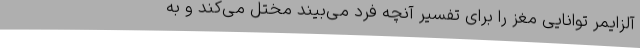
آلزایمر توانایی مغز را برای تفسیر آنچه فرد می‌بیند مختل می‌کند و به